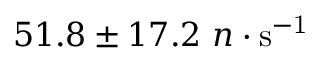
{ 5 1 . 8 \pm 1 7 . 2 ~ n \cdot \mathrm { s ^ { - 1 } } }